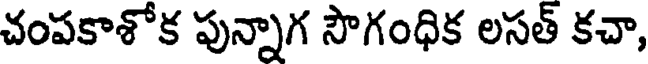
చంపకాశోక పున్నాగ సౌగంధిక లసత్ కచా,